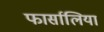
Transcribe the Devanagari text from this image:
फार्सालिया